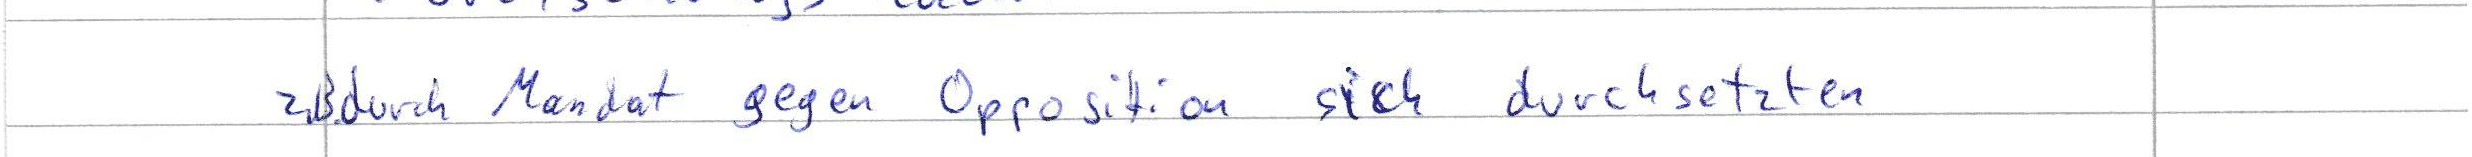
z.B durch Mandat gegen Opposition sich durchsetzten